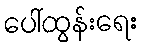
ပေါ်ထွန်းရေး